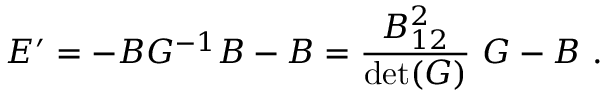
E ^ { \prime } = - B G ^ { - 1 } B - B = { \frac { B _ { 1 2 } ^ { 2 } } { \operatorname * { d e t } ( G ) } } ~ G - B ~ .